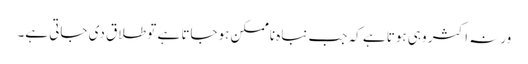
ورنہ اکثر وہی ہوتا ہے کہ جب نباہ ناممکن ہوجاتا ہے تو طلاق دی جاتی ہے۔